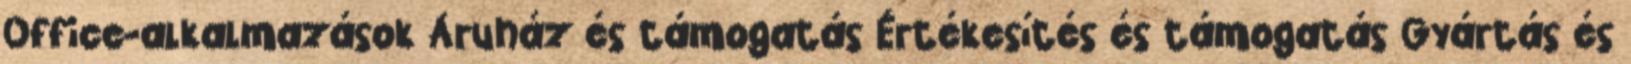
Office-alkalmazások Áruház és támogatás Értékesítés és támogatás Gyártás és